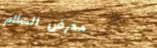
معرض السلام